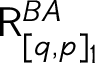
\mathsf { R } _ { [ q , p ] _ { 1 } } ^ { B A }